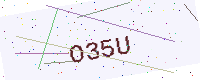
Text: O35U